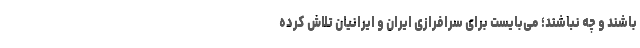
باشند و چه نباشند؛ می‌بایست برای سرافرازی ایران و ایرانیان تلاش کرده